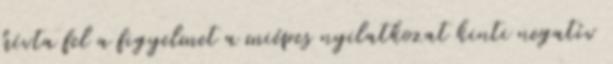
hívta fel a figyelmet a miépes nyilatkozat kinti negatív